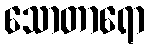
သောတာရော